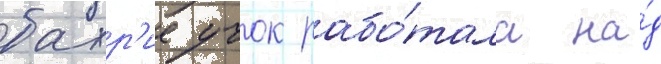
бахр'ие учок рабо́тала на́д